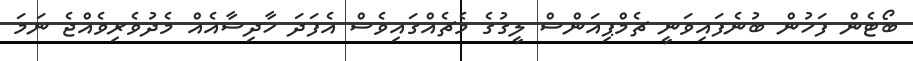
ބޯޓެން ފަހުން ބުނެފައިވަނީ ޗެމްޕިއަންސް ލީގުގެ މެޗެއްގައިވެސް އެފަދަ ހާދިސާއެއް މެދުވެރިވެއްޖެ ނަމަ